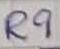
Text: R9